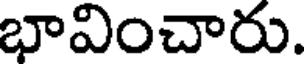
భావించారు.